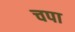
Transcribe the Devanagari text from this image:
चपा